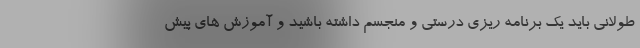
طولانی باید یک برنامه ریزی درستی و منجسم داشته باشید و آموزش های پیش